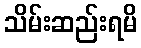
သိမ်းဆည်းရမိ